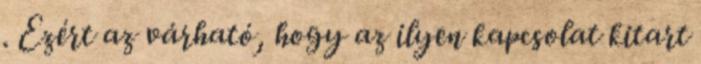
. Ezért az várható, hogy az ilyen kapcsolat kitart